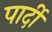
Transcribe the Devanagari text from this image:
पार्दी